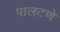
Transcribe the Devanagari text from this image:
पालटणे